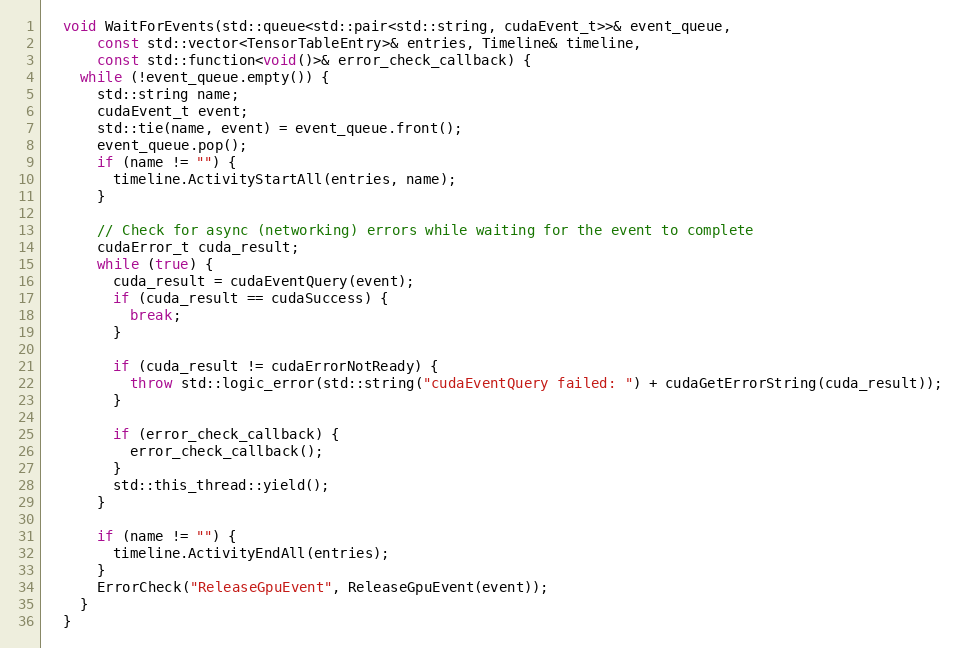
Language: C++
  void WaitForEvents(std::queue<std::pair<std::string, cudaEvent_t>>& event_queue,
      const std::vector<TensorTableEntry>& entries, Timeline& timeline,
      const std::function<void()>& error_check_callback) {
    while (!event_queue.empty()) {
      std::string name;
      cudaEvent_t event;
      std::tie(name, event) = event_queue.front();
      event_queue.pop();
      if (name != "") {
        timeline.ActivityStartAll(entries, name);
      }

      // Check for async (networking) errors while waiting for the event to complete
      cudaError_t cuda_result;
      while (true) {
        cuda_result = cudaEventQuery(event);
        if (cuda_result == cudaSuccess) {
          break;
        }

        if (cuda_result != cudaErrorNotReady) {
          throw std::logic_error(std::string("cudaEventQuery failed: ") + cudaGetErrorString(cuda_result));
        }

        if (error_check_callback) {
          error_check_callback();
        }
        std::this_thread::yield();
      }

      if (name != "") {
        timeline.ActivityEndAll(entries);
      }
      ErrorCheck("ReleaseGpuEvent", ReleaseGpuEvent(event));
    }
  }